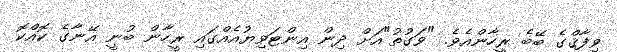
ވިފާޤްގެ ބޭބެ ރީހާންއެވެ. "ވަގުތު"އަށް ދިން އިންޓަވިޔުއެއްގައި ރީހާން ބުނީ އޭނާގެ ކޮއްކޮ